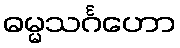
ဓမ္မသင်္ဂဟော